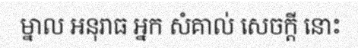
ម្នាល អនុរាធ អ្នក សំគាល់ សេចក្តី នោះ